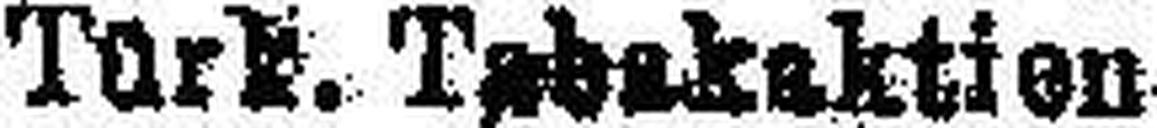
Türk. Tabekatien